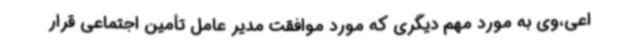
اعی،وی به مورد مهم دیگری که مورد موافقت مدیر عامل تأمین اجتماعی قرار